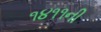
૧૪૧૧ની